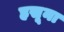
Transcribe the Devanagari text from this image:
हसूना